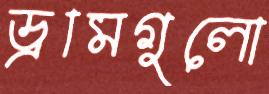
ড্রামগুলো